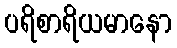
ပရိစာရိယမာနော